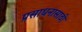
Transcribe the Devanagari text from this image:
प्रसाधनासाठी